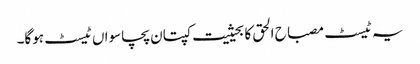
یہ ٹیسٹ مصباح الحق کا بحیثیت کپتان پچاسواں ٹیسٹ ہوگا۔